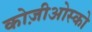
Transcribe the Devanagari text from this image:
कोज़ीओस्को